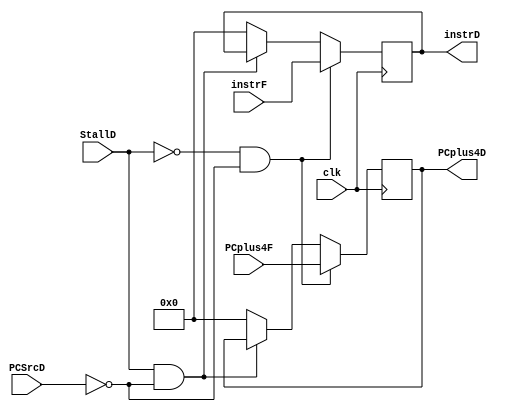
module p1(input clk, 
input[31:0] instrF, PCplus4F,
input StallD, PCSrcD,
output reg[31:0] instrD,PCplus4D);
always @(posedge clk)
begin
if(!StallD && !PCSrcD) begin//not branch
	instrD<=instrF;
	PCplus4D<=PCplus4F;
	end
else if(StallD && !PCSrcD) begin//branch but not jump
	instrD<=instrD;
	PCplus4D<=PCplus4D;
	end
else 
	begin//branch jump
	instrD<=32'd0;
	PCplus4D<=32'd0;
	end
end
endmodule